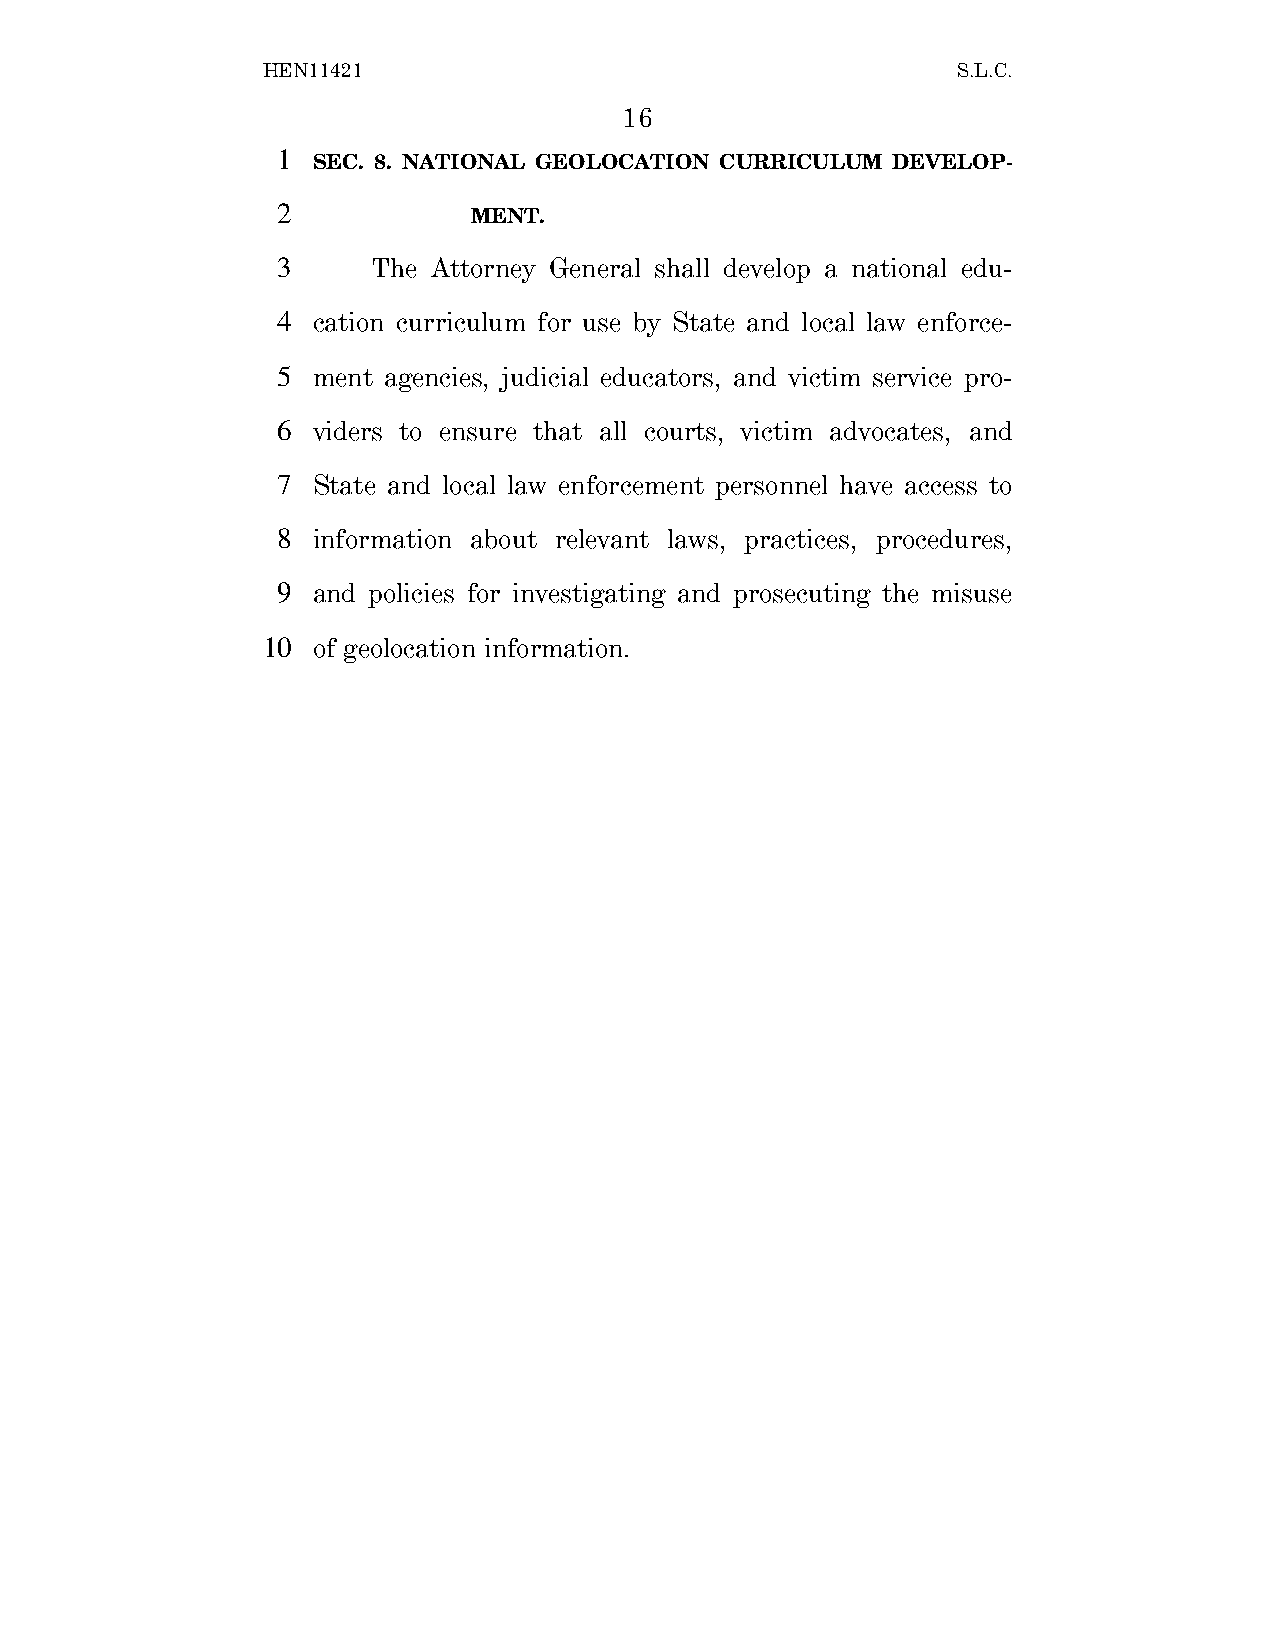
HEN11421                                      S.L.C.
 16
 1
 SEC. 8. NATIONAL GEOLOCATION CURRICULUM DEVELOP-
 2
 MENT.
 3      The Attorney General shall develop a national edu-
 4  cation curriculum for use by State and local law enforce-
 5  ment agencies, judicial educators, and victim service pro-
 6  viders to ensure that all courts, victim advocates, and
 7  State and local law enforcement personnel have access to
 8  information about relevant laws, practices, procedures,
 9  and policies for investigating and prosecuting the misuse
 10  of geolocation information.